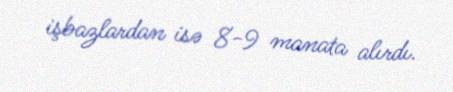
işbazlardan isə 8-9 manata alırdı.